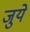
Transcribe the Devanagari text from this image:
जुये